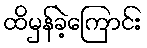
ထိမှန်ခဲ့ကြောင်း